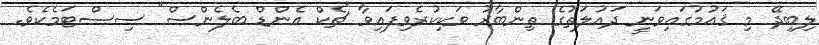
ލިބިދޭ މި ޤައުމުގައިވަނީ ދައުލަތުގެ ތިންބާރު ވަކިކުރެވިފައިވާ "ޗެކް އެންޑް ބެލެންސް" ސިސްޓަމެކެވެ.